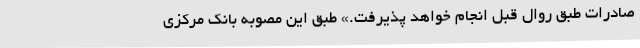
صادرات طبق روال قبل انجام خواهد پذیرفت.» طبق این مصوبه بانک مرکزی